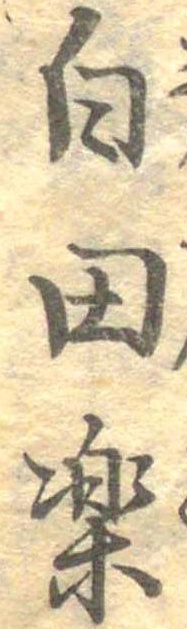
白田楽